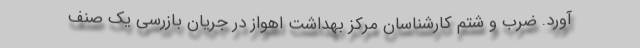
‌آورد. ضرب و شتم کارشناسان مرکز بهداشت اهواز در جریان بازرسی یک صنف